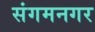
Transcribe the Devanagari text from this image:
संगमनगर